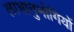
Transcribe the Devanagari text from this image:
लाभानुभोगियों